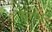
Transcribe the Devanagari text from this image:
संरोधन